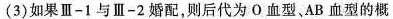
(3) 如果 Ⅲ-1 与 Ⅲ-2 婚配，则后代为 О 血型、AB 血型的概